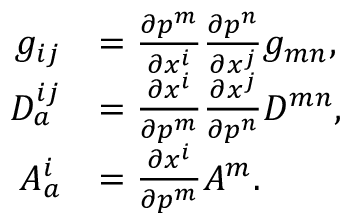
\begin{array} { r l } { g _ { i j } } & { = \frac { \partial p ^ { m } } { \partial x ^ { i } } \frac { \partial p ^ { n } } { \partial x ^ { j } } g _ { m n } , } \\ { D _ { a } ^ { i j } } & { = \frac { \partial x ^ { i } } { \partial p ^ { m } } \frac { \partial x ^ { j } } { \partial p ^ { n } } D ^ { m n } , } \\ { A _ { a } ^ { i } } & { = \frac { \partial x ^ { i } } { \partial p ^ { m } } A ^ { m } . } \end{array}